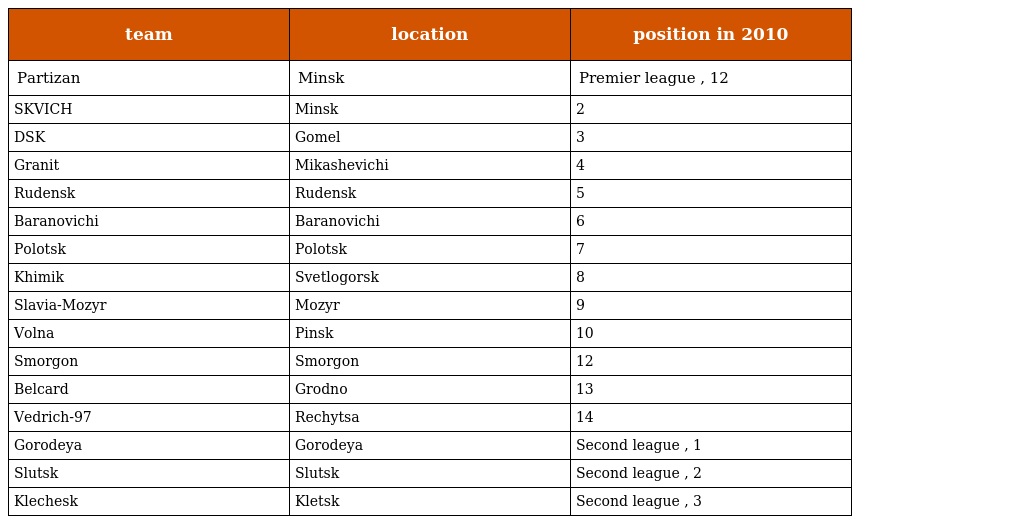
| team | location | position in 2010 |
 | --- | --- | --- |
 | Partizan | Minsk | Premier league , 12 |
 | SKVICH | Minsk | 2 |
 | DSK | Gomel | 3 |
 | Granit | Mikashevichi | 4 |
 | Rudensk | Rudensk | 5 |
 | Baranovichi | Baranovichi | 6 |
 | Polotsk | Polotsk | 7 |
 | Khimik | Svetlogorsk | 8 |
 | Slavia-Mozyr | Mozyr | 9 |
 | Volna | Pinsk | 10 |
 | Smorgon | Smorgon | 12 |
 | Belcard | Grodno | 13 |
 | Vedrich-97 | Rechytsa | 14 |
 | Gorodeya | Gorodeya | Second league , 1 |
 | Slutsk | Slutsk | Second league , 2 |
 | Klechesk | Kletsk | Second league , 3 |